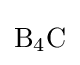
{\mathrm {B} {\vphantom {A}}_{\smash[{t}]{4}}\mathrm {C} }